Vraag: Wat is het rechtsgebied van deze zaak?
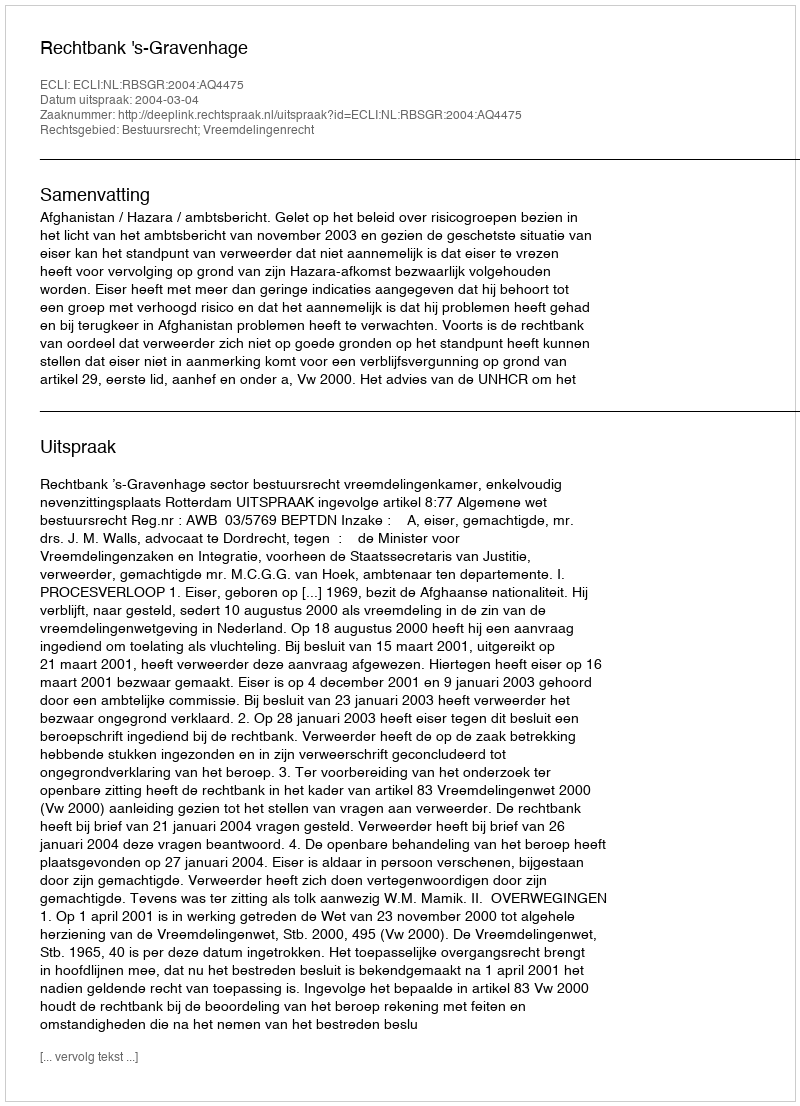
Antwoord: Bestuursrecht; Vreemdelingenrecht